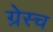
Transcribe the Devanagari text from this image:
ग्रेस्च